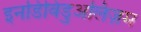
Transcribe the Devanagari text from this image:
इनडिविडुअलिज़म